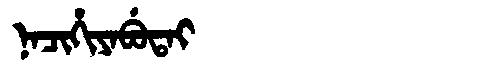
Manchu: ᠨᠠᠴᡳᡥᡳᠶᠠᠪᡠᡨᠠᡳ
Romanization: NACIHIYABUTAI